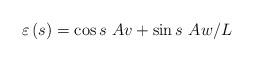
LaTeX: \begin{align*}\varepsilon \left( s\right) =\cos s~Av+\sin s~Aw/L \end{align*}